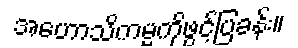
အဟောသိကမ္မကိုဖွင့်ပြခန်း။